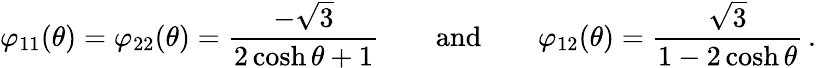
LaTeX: \varphi_{11}(\theta)=\varphi_{22}(\theta)=\frac{-\sqrt{3}}{2\cosh\theta+1}\qquad\mathrm{and}\qquad\varphi_{12}(\theta)=\frac{\sqrt{3}}{1-2\cosh\theta}\, .